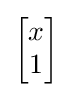
{\begin{bmatrix}x\\1\end{bmatrix}}